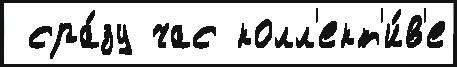
 сра́зу час колл'ект'и́в'е